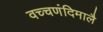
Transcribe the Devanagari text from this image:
वच्चणंदिमालै